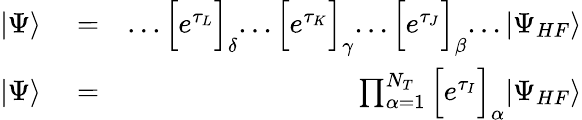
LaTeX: \begin{array}{rlr}{|\Psi\rangle}&{{}=}&{...\Big[e^{\tau_{L}}\Big]_{\delta}...\Big[e^{\tau_{K}}\Big]_{\gamma}...\Big[e^{\tau_{J}}\Big]_{\beta}...|\Psi_{HF}\rangle}\\ {|\Psi\rangle}&{{}=}&{\prod_{\alpha=1}^{N_{T}}\Big[e^{\tau_{I}}\Big]_{\alpha}|\Psi_{HF}\rangle}\end{array}